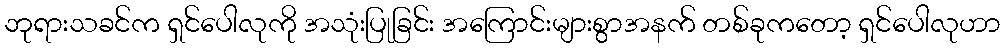
ဘုရားသခင်က ရှင်ပေါလုကို အသုံးပြုခြင်း အကြောင်းများစွာအနက် တစ်ခုကတော့ ရှင်ပေါလုဟာ